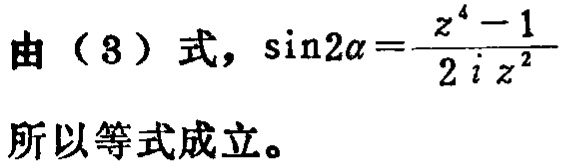
由（3）式，\(\sin2\alpha=\frac{z^{4} - 1}{2iz^{2}}\)
所以等式成立。